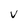
Character: V